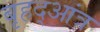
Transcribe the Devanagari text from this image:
बृहद्आंत्र